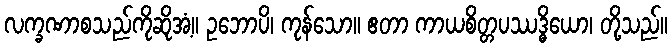
လက္ခဏာစသည်ကိုဆိုအံ့။ ဥဘောပိ၊ ကုန်သော။ ဧတာ ကာယစိတ္တပဿဒ္ဓိယော၊ တို့သည်။